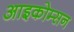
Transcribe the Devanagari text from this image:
आइकोम्सन